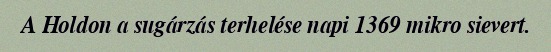
A Holdon a sugárzás terhelése napi 1369 mikro sievert.